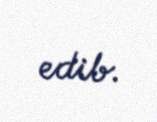
edib.